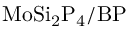
\mathrm { M o S i _ { 2 } P _ { 4 } / B P }